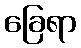
ခြေရာ